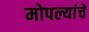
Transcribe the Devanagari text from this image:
मोपल्यांचे